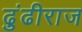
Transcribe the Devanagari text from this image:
ढुंढीराज